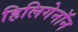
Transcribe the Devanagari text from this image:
हिलिगेनॉन